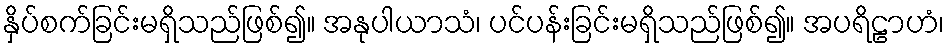
နှိပ်စက်ခြင်းမရှိသည်ဖြစ်၍။ အနုပါယာသံ၊ ပင်ပန်းခြင်းမရှိသည်ဖြစ်၍။ အပရိဠာဟံ၊